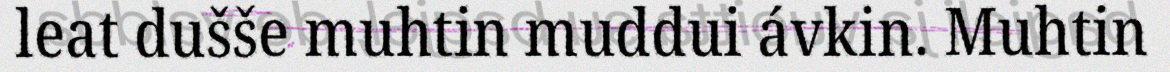
leat dušše muhtin muddui ávkin. Muhtin